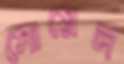
সোয়েল